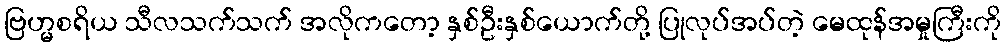
ဗြဟ္မစရိယ သီလသက်သက် အလိုကတော့ နှစ်ဦးနှစ်ယောက်တို့ ပြုလုပ်အပ်တဲ့ မေထုန်အမှုကြီးကို